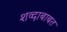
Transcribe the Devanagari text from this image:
शव्दाबाबत